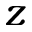
z